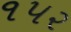
૧પ૨